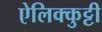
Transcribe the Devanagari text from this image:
ऐलिक्कुट्टी